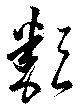
類